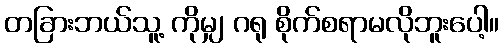
တခြားဘယ်သူ့ ကိုမျှ ဂရု စိုက်စရာမလိုဘူးပေါ့။